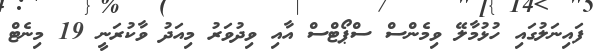
ފައިނަލުގައި ހުޅުމާލޭ ވިމެންސް ސްޕޯޓްސް އާއި ވިދުވަރު މިއަދު ވާކުރަނީ 19 މިނެޓް